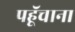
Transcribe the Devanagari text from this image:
पहूॅचाना